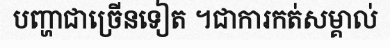
បញ្ហាជាច្រើនទៀត ។ជាការកត់សម្គាល់